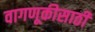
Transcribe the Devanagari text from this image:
वागणूकीसाठी